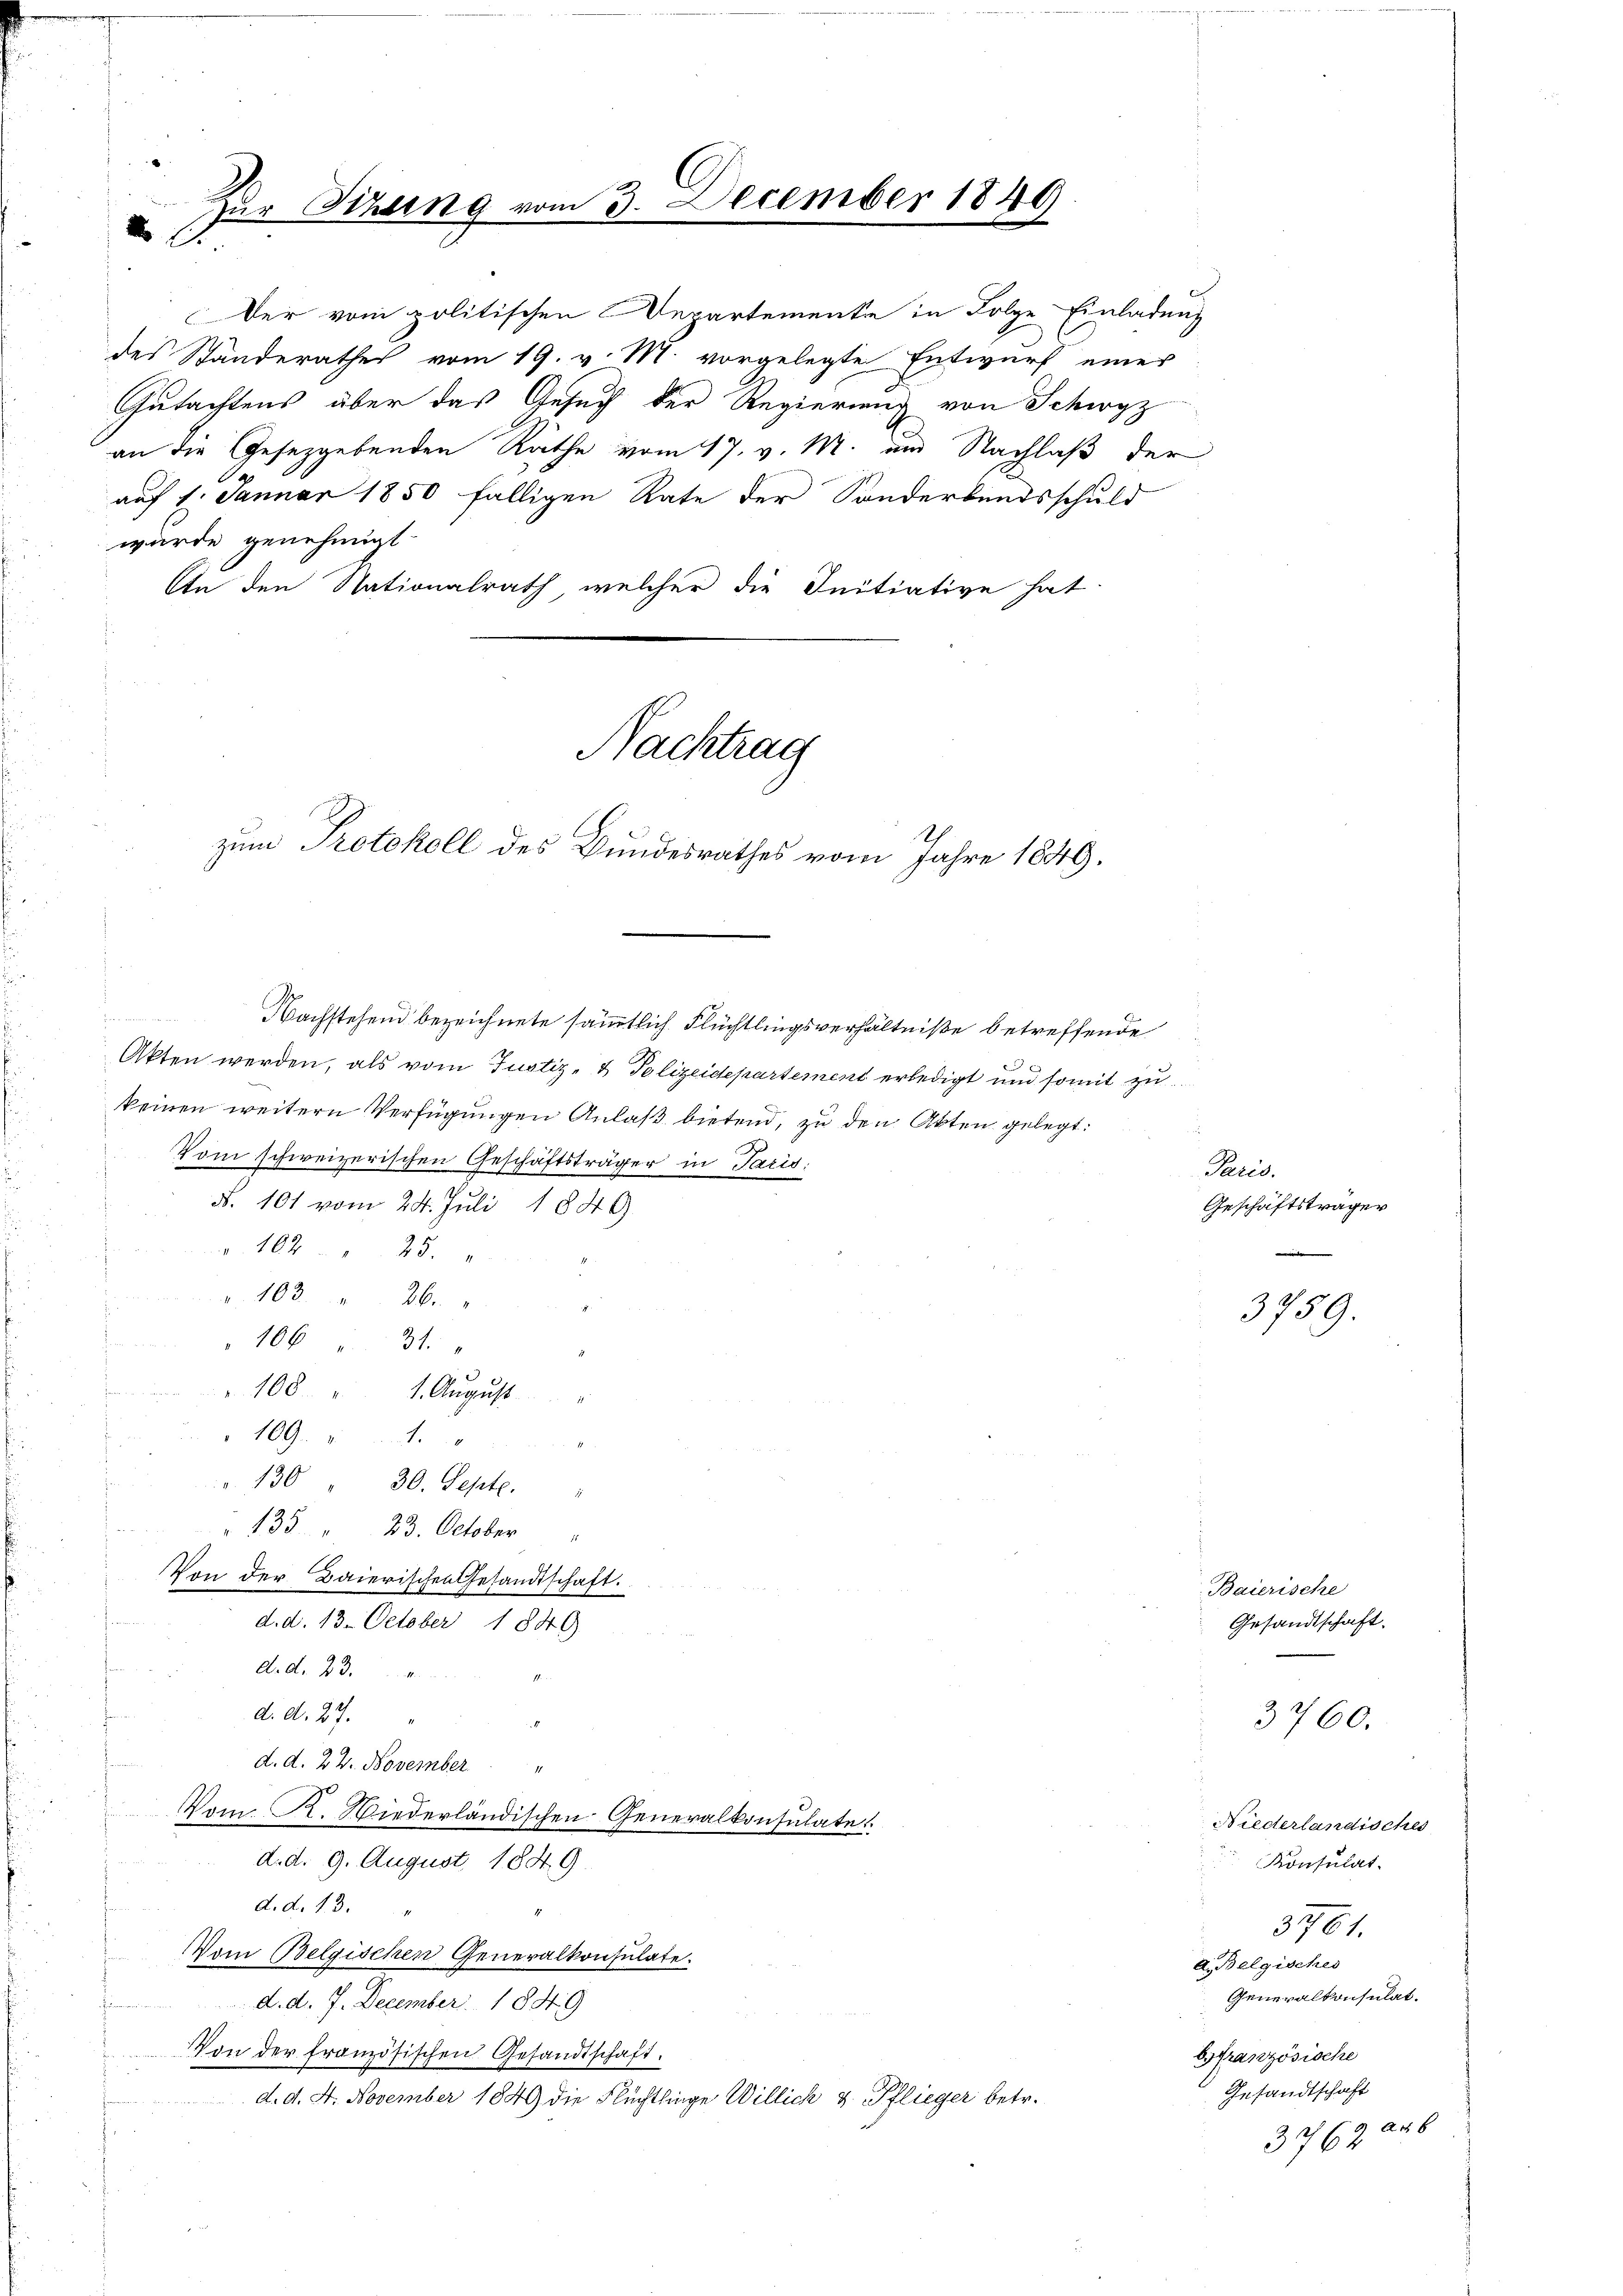
i
Zur Sizung vom 3. Decemb

Der vom politischen Departemente in Folge Einladung
des Standerathes vom 19. v. M. vorgelegte Entwurf einer
Gutachtens über das Gesuch der Regierung von Schwyz
an die Gesetzgebenden Räthe vom 17. v. M. am Nachlaß der
auf 1. Januar 1850 fälligen Rate der Sonderbandsschuld
wurde genehmigt.
An den Nationalrath, welcher die Initiative hat

h
zum Protokoll des Bundesrathes vom Jahre 1849.

c
Akten werden, als vom Justiz- & Polizeidepartement erledigt und somit zu
keinen weitern Verfügungen Anlaß bietend, zu den Akten gelegt:
Vom schweizerischen Geschäftsträger in Paris
N. 101 vom 24. Juli 1849
162 " 25.
103. 26.
106 " 31.
108. 1. August
109.
" 130. 30. Septe.
" 135 23. October "
Von der Baierischen Gesandtschaft.
n
d. d. 13. October 1840.
d. d. 23.
d. d. 27.

d. d. 24. November
Vom K. Wiederländischen Generalkonsulate
d. d. 9. August 1849.
d.d. 13.
Vom Belgischen Generalkonsulate.
d. d. 7. December 1849
Von der französischen Gesandtschaft.
d. d. 4. November 1849 die Flüchtlinge Willich & Pflieger betr.

Nachtrag

Nachstehend bezeichnete sämmtlich Flüchtlingsverhältniße betreffende

ber 1840

Paris.
Geschäftsträger
s

A.Belgisches

3759.

Baierische
Gesandtschaft.

3760.

Niederlandisches
Konsulat
3761.
Generalkonsulat.
bfranzösische
Gesandtschaft
3762. 206